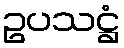
ဥပသဋ္ဌံ